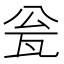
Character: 瓮